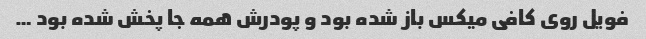
فویل روی کافی میکس باز شده بود و پودرش همه جا پخش شده بود …